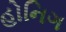
હોનિગ